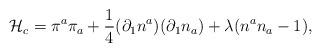
LaTeX: \begin{align*}{\cal H}_c = \pi^a\pi_a + \frac{1}{4}(\partial_1n^a)(\partial_1n_a) + \lambda(n^an_a - 1),\end{align*}